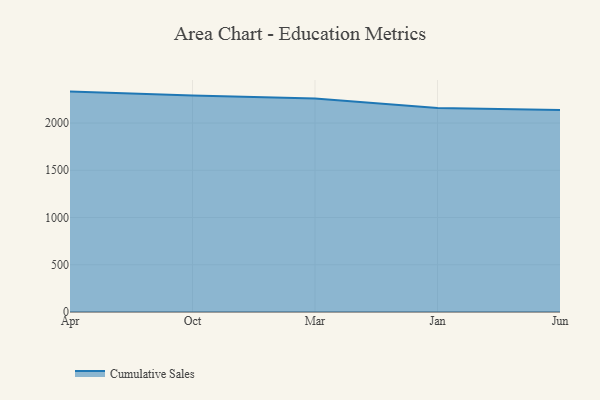
{"axis": {"x": "Month", "y": "LTV (USD)"}, "legend": ["Cumulative Sales"], "data": [{"x": "Apr", "y": 2333.0, "type": "Cumulative Sales"}, {"x": "Oct", "y": 2290.4, "type": "Cumulative Sales"}, {"x": "Mar", "y": 2259.0, "type": "Cumulative Sales"}, {"x": "Jan", "y": 2159.4, "type": "Cumulative Sales"}, {"x": "Jun", "y": 2138.7, "type": "Cumulative Sales"}]}